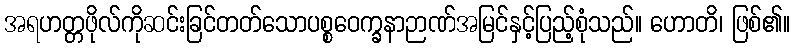
အရဟတ္တဖိုလ်ကိုဆင်းခြင်တတ်သောပစ္စဝေက္ခနာဉာဏ်အမြင်နှင့်ပြည့်စုံသည်။ ဟောတိ၊ ဖြစ်၏။